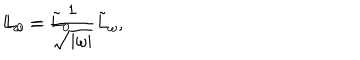
L _ { \omega } = \frac { 1 } { \sqrt { | \omega | } } \tilde { L } _ { \omega } , \hspace { 2 0 m m } L _ { 0 } = \tilde { L } _ { 0 }